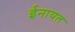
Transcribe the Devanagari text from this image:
ईनायत